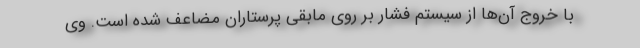
با خروج آن‌ها از سیستم فشار بر روی مابقی پرستاران مضاعف شده است. وی